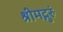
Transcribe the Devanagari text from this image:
श्रीमद्गुरुं